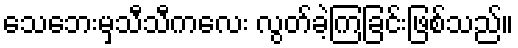
သေဘေးမှသီသီကလေး လွတ်ခဲ့ကြခြင်းဖြစ်သည်။